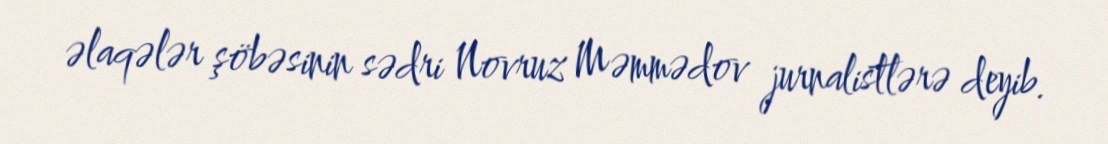
əlaqələr şöbəsinin sədri Novruz Məmmədov jurnalistlərə deyib.